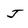
Character: J